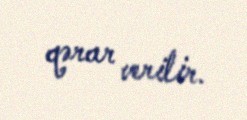
qərar verilir.